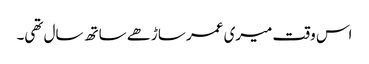
اس وقت میری عمر ساڑھے ساتھ سال تھی۔